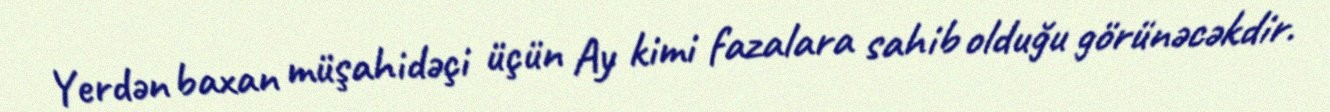
Yerdən baxan müşahidəçi üçün Ay kimi fazalara sahib olduğu görünəcəkdir.